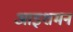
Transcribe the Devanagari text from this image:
आइशमन